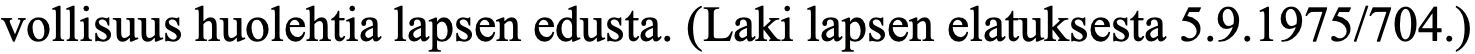
vollisuus huolehtia lapsen edusta. (Laki lapsen elatuksesta 5.9.1975/704.)